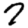
Digit: 7